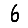
Digit: 6